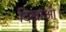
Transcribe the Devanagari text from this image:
दिखाओ।